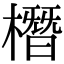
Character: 橬